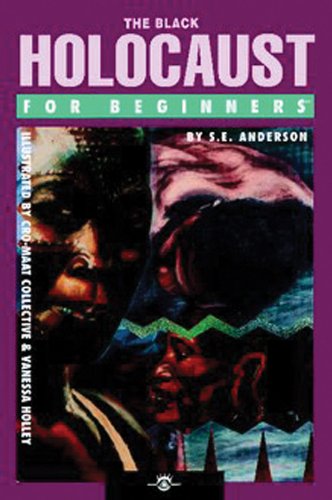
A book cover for The Black Holocaust For Beginners; S.E. Anderson; History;